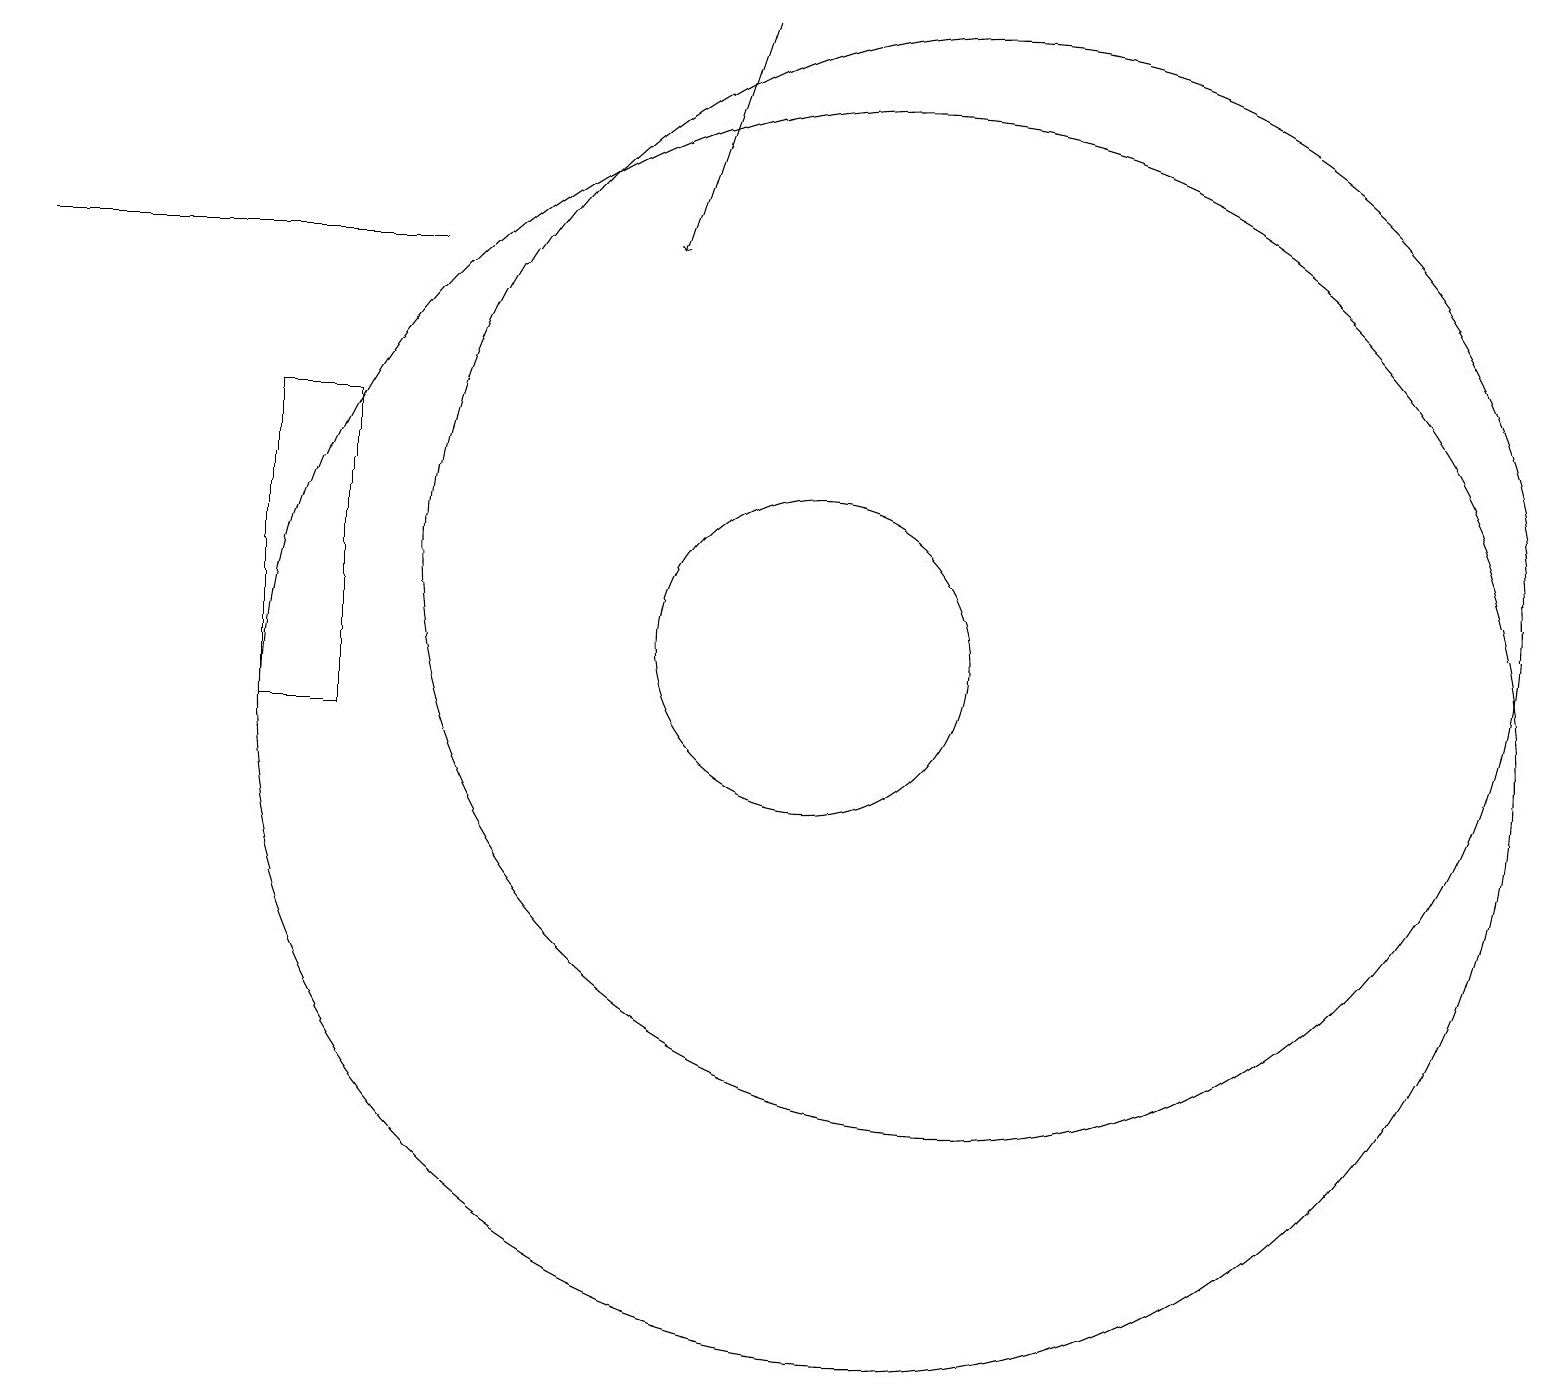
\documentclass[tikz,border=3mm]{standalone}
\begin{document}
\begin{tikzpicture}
\draw (10,11) circle (2);
\draw[->] (9,19) -- (8,16);
\draw (0,16) rectangle (5,16);
\draw (4,10) rectangle (3,14);
\draw (11,10) circle (8);
\draw (12,12) circle (7);
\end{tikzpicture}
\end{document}